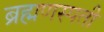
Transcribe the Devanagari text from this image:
ब्रह्मणस्पती